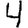
Digit: 4